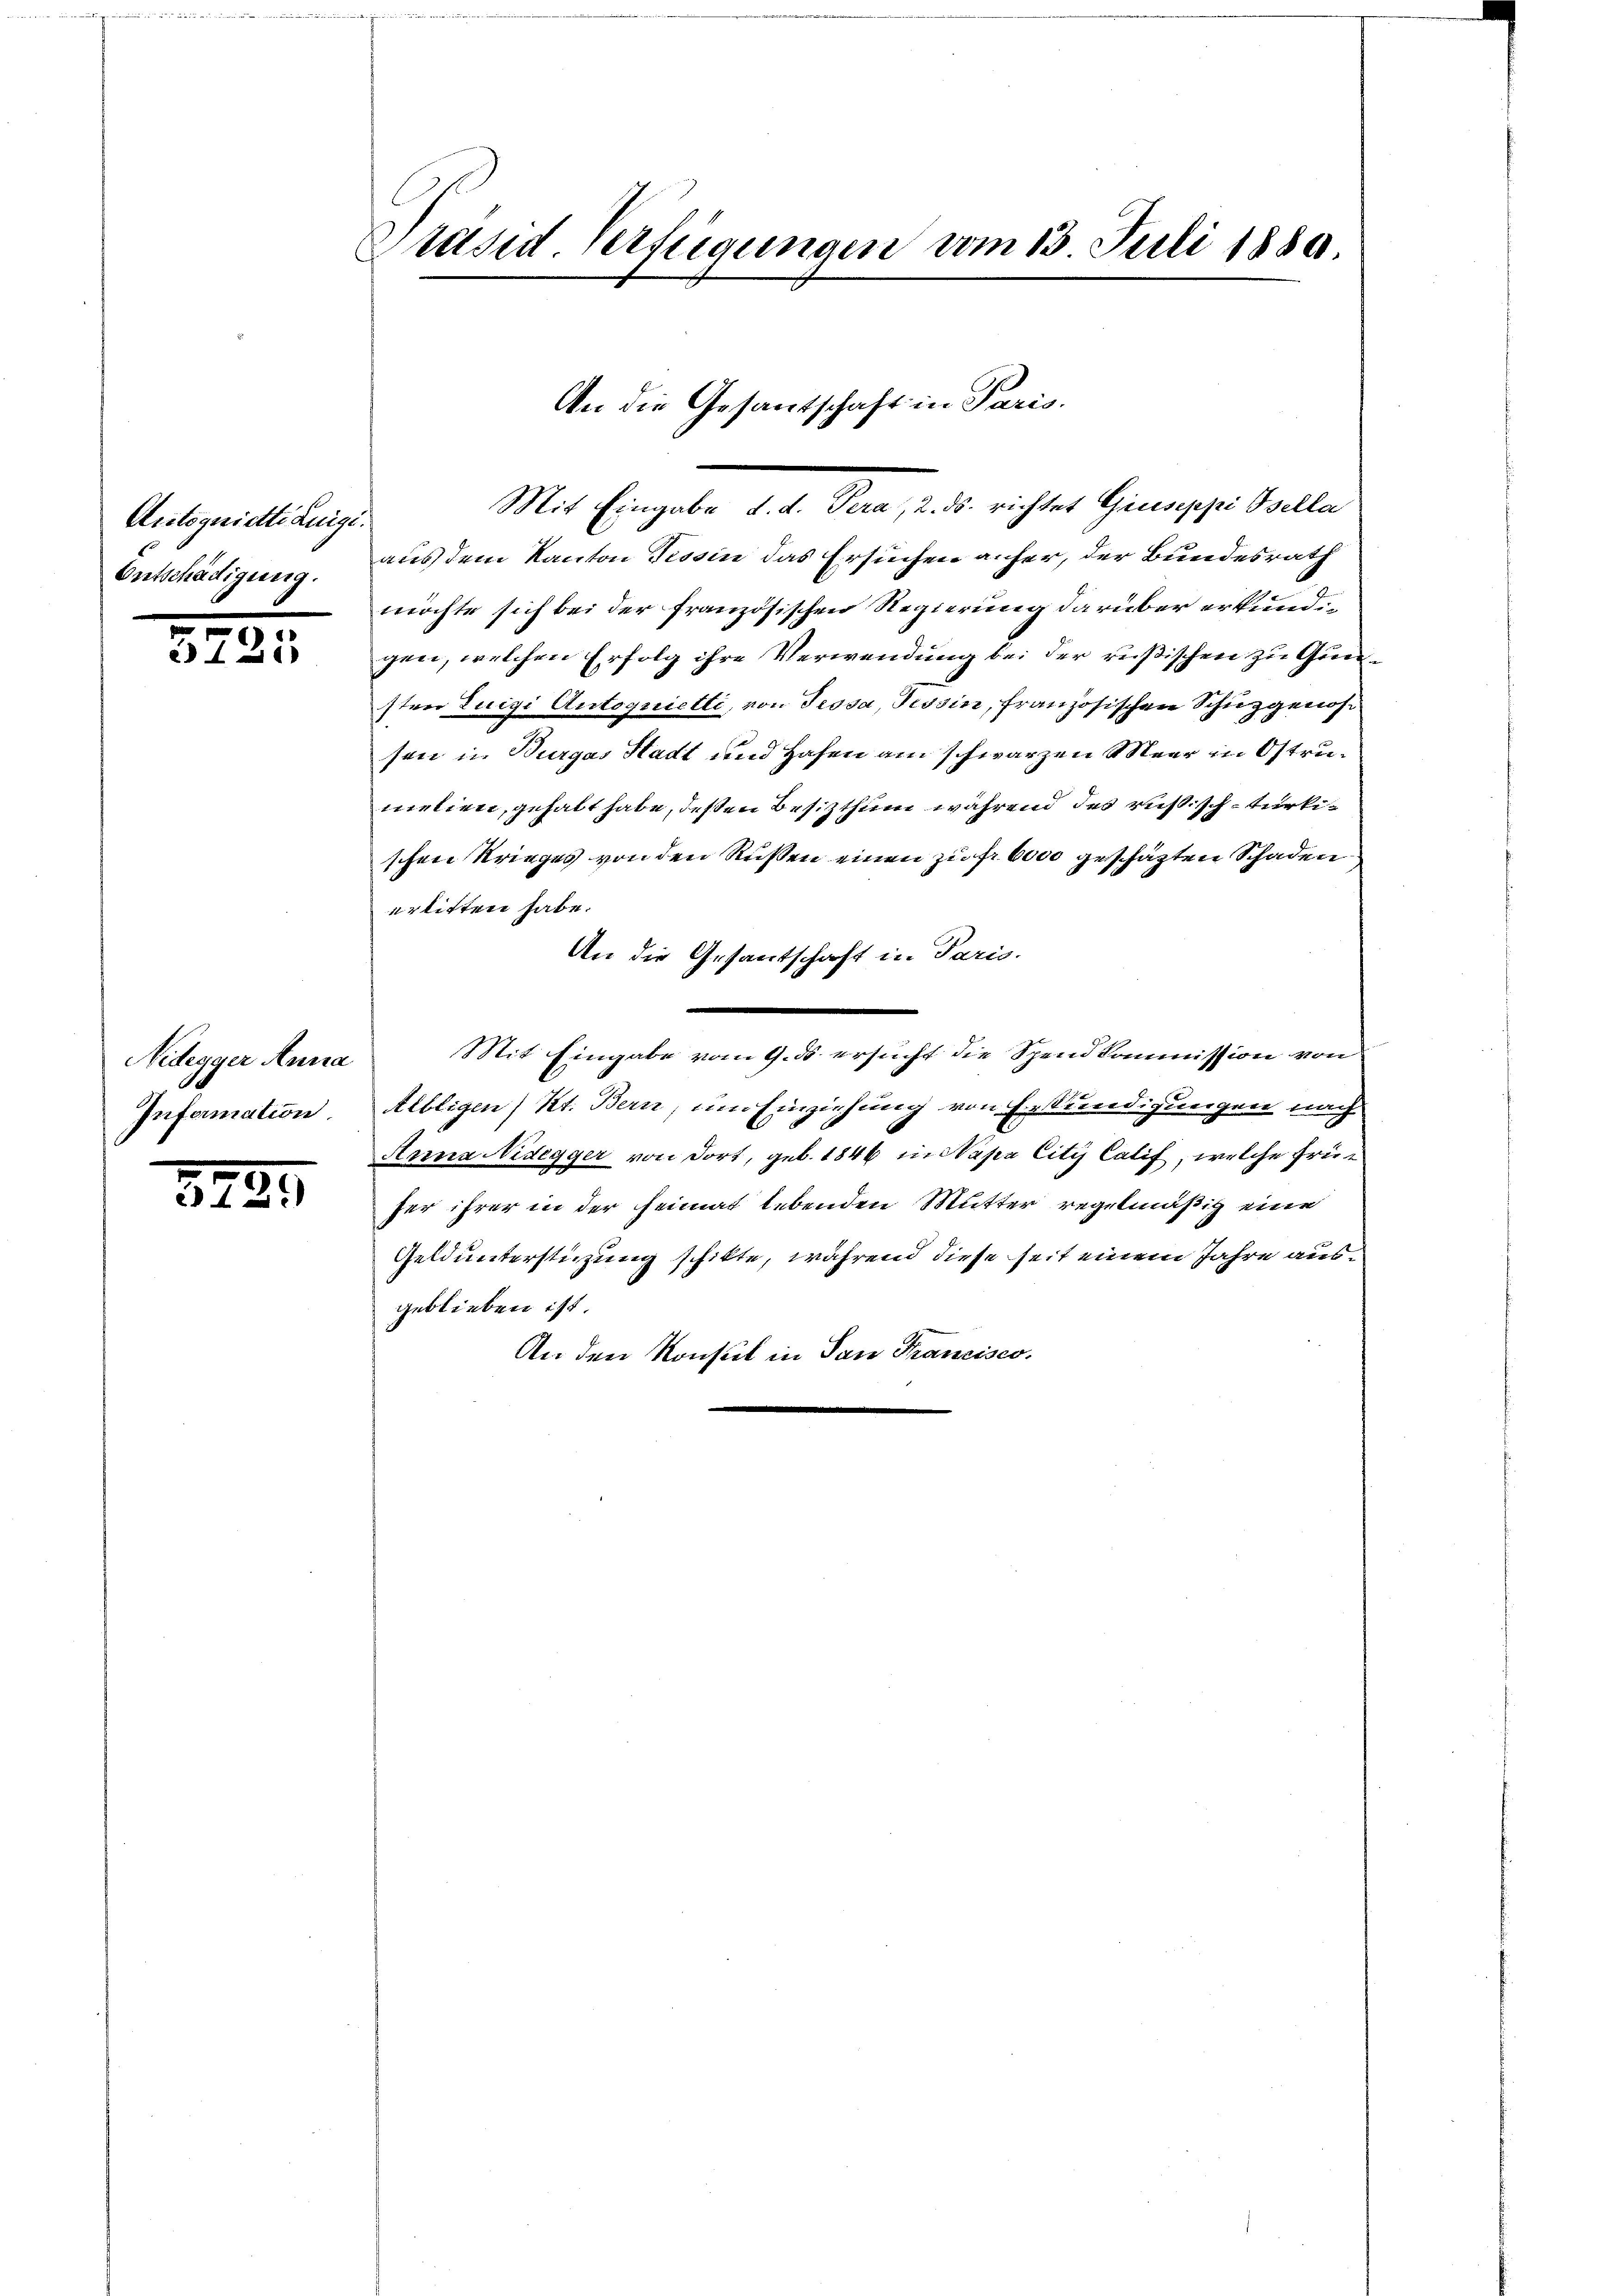
Autognitianigi.
Entschädigung.

57.

1

Nidegger Anna
Infermation

8795

Präsid. Verfügungen vom 13. Juli 1889.

An die Gesantschaft in Paris.

Mit Eingabe d. d. Pera, 2. ds. richtet Giuseppi Bsella
aus dem Kanton Tessin das Ersuchen anfer, der Bundesrath
möchte sich bei der französischen Regierung darüber erkundigen, welchen Erfolg ihre Verwendung bei der rußischen zu Gunsten Luigi Antoquietti, von Tessa, Tessin, französischen Schuzgenoß
son in Burgas Stadt und Hafen am schwarzen Meer in Ostrumelien, gehabt habe, deßen Besitzthum während des russisch - türkischen Krieges von den Rußen einen zu f. 6000 geschäzten Schaden
erlitten habe.
An die Gesantschaft in Paris.
Mit Eingabe vom 9. ds ersucht die Spendkommission von
Albligen) Kt. Bern, um Einziehung von Erkundigungen nach
Anna Nidegger von dort, geb. 1846 in Sapa City Calif, welche früfer ihrer in der Heimat lebenden Mutter regelmäßig eine
Geld unterstüzung schikte, während diese seit einem Jahre ausgeblieben ist.
An den Konsul in San Francisco